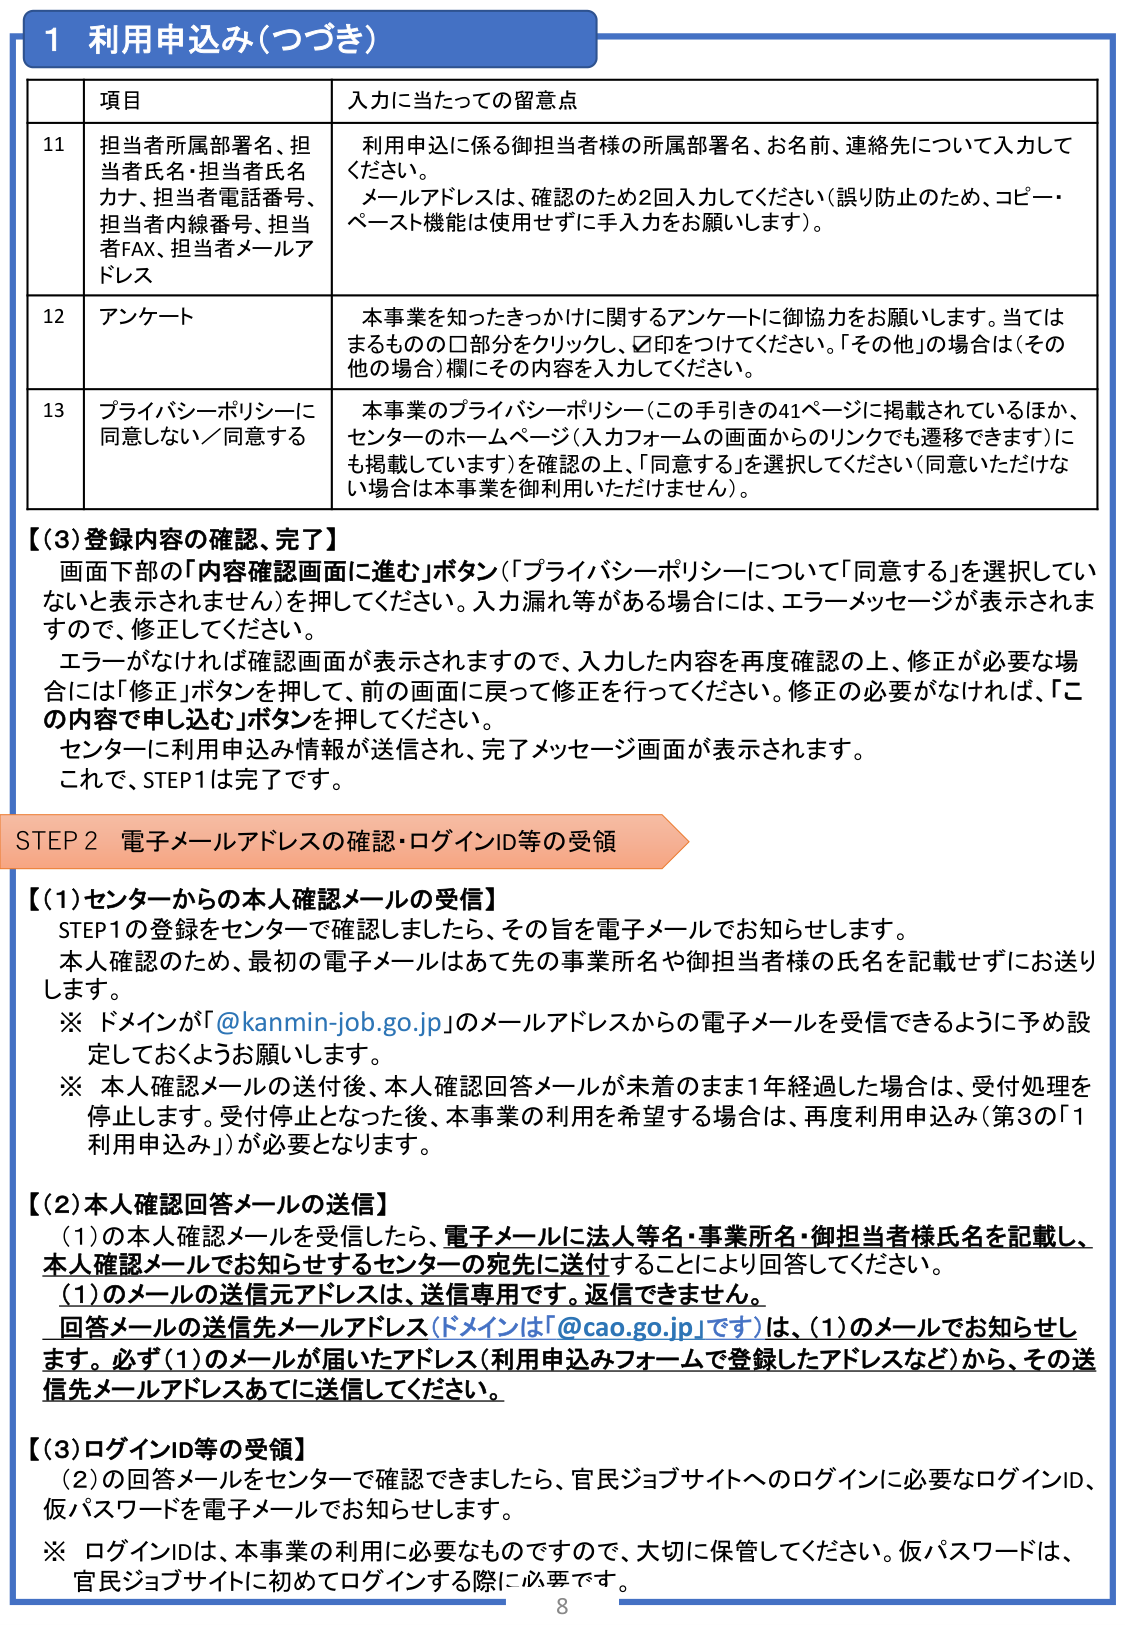
1 利用申込み（つづき）

項目 入力に当たっての留意点

11 担当者所属部署名、担当者氏名・担当者氏名カナ、担当者電話番号、担当者内線番号、担当者FAX、担当者メールアドレス
利用申込みに係る御担当者様の所属部署名、お名前、連絡先について入力してください。
メールアドレスは、確認のため2回入力してください（誤り防止のため、コピー・ペースト機能は使用せずに手入力をお願いします）。

12 アンケート
本事業を知ったきっかけに関するアンケートに御協力をお願いします。当てはまるものの□部分をクリックし、☑印をつけてください。「その他」の場合は（その他の場合）欄にその内容を入力してください。

13 プライバシーポリシーに同意しない／同意する
本事業のプライバシーポリシー（この手引きの41ページに掲載されているほか、センターのホームページ（入力フォームの画面からのリンクでも遷移できます）にも掲載しています）を確認の上、「同意する」を選択してください（同意いただけない場合は本事業を御利用いただけません）。

【(3) 登録内容の確認、完了】
画面下部の「内容確認画面に進む」ボタン（「プライバシーポリシーについて「同意する」を選択していないと表示されません）を押してください。入力漏れ等がある場合には、エラーメッセージが表示されますので、修正してください。
エラーがなければ確認画面が表示されますので、入力した内容を再度確認の上、修正が必要な場合には「修正」ボタンを押して、前の画面に戻って修正を行ってください。修正の必要がなければ、「この内容で申し込み」ボタンを押してください。
センターに利用申込み情報が送信され、完了メッセージ画面が表示されます。
これで、STEP1は完了です。

STEP 2 電子メールアドレスの確認・ログインID等の受領

【(1) センターからの本人確認メールの受信】
STEP1の登録をセンターで確認しましたら、その旨を電子メールでお知らせします。
本人確認のため、最初の電子メールはあて先の事業所名や御担当者様の氏名を記載せずに送ります。
※ ドメインが「@kanmin-job.go.jp」のメールアドレスからの電子メールを受信できるように予め設定しておくようお願いします。
※ 本人確認メールの送付後、本人確認回答メールが未着のまま1年経過した場合は、受付処理を停止します。受付停止となった後、本事業の利用を希望する場合は、再度利用申込み（第3の「1 利用申込み」）が必要となります。

【(2) 本人確認回答メールの送信】
(1)の本人確認メールを受信したら、電子メールに法人等名・事業所名・御担当者様氏名を記載し、本人確認メールでお知らせするセンターの宛先に送付することにより回答してください。
(1)のメールの送信元アドレスは、送信専用です。返信できません。
回答メールの送信先メールアドレス（ドメインは「@cao.go.jp」です）は、(1)のメールでお知らせします。必ず(1)のメールが届いたアドレス（利用申込みフォームで登録したアドレスなど）から、その送信先メールアドレスあてに送信してください。

【(3) ログインID等の受領】
(2)の回答メールをセンターで確認できましたら、官民ジョブサイトへのログインに必要なログインID、仮パスワードを電子メールでお知らせします。
※ ログインIDは、本事業の利用に必要なものですので、大切に保管してください。仮パスワードは、官民ジョブサイトに初めてログインする際に必要です。

8